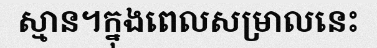
ស្មាន។ក្នុងពេលសម្រាលនេះ